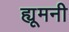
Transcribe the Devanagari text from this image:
ह्यूमनी